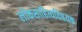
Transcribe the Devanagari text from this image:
लोकसाहित्यविषयक